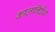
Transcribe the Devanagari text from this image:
कालनिर्देश